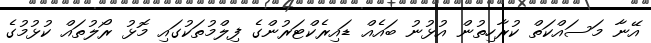
އޭނާ މަސައްކަތް ކުރާހިތުން އުޅުނު ބައެއް ޑައިރެކްޓަރުންގެ ފިލްމުތަކުގައި މޮޅު ރޯލުތައް ކުޅުމުގެ